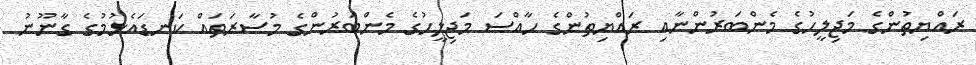
ރައްޔިތުންގެ މަޖިލީހުގެ މެންބަރުންނާއި ރައްޔިތުންގެ ހާއްސަ މަޖިލީހުގެ މެންބަރުންގެ މުސާރަތައް ކަނޑައެޅުމުގެ ގާނޫނު